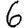
Digit: 6